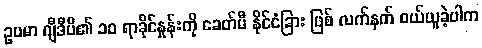
ဥပမာ ဂျီဒီပီ၏ ၁၀ ရာခိုင်နှုန်းကို ခေတ်မီ နိုင်ငံခြား ဖြစ် လက်နက် ဝယ်ယူခဲ့ပါက